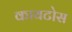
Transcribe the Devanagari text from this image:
कायटोस